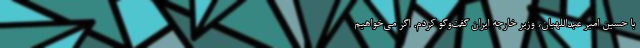
با حسین امیر عبداللهیان، وزیر خارجه ایران گفت‌وگو کردم. اگر می‌خواهیم